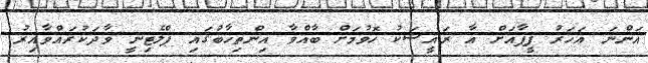
އަންނަ އަހަރު ފީފާއަށް އާ ރައީސަކު ހޮވުމަށް ބާއްވާ އިންތިހާބުގައި ޕްލެޓިނީ ވާދަކުރައްވާއިރު